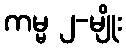
ကမ္မ ၂-မျိုး